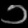
Digit: ၁